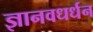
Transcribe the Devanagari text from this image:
ज्ञानवधर्धन